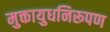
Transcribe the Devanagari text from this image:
मुक्तायुधनिरूपण